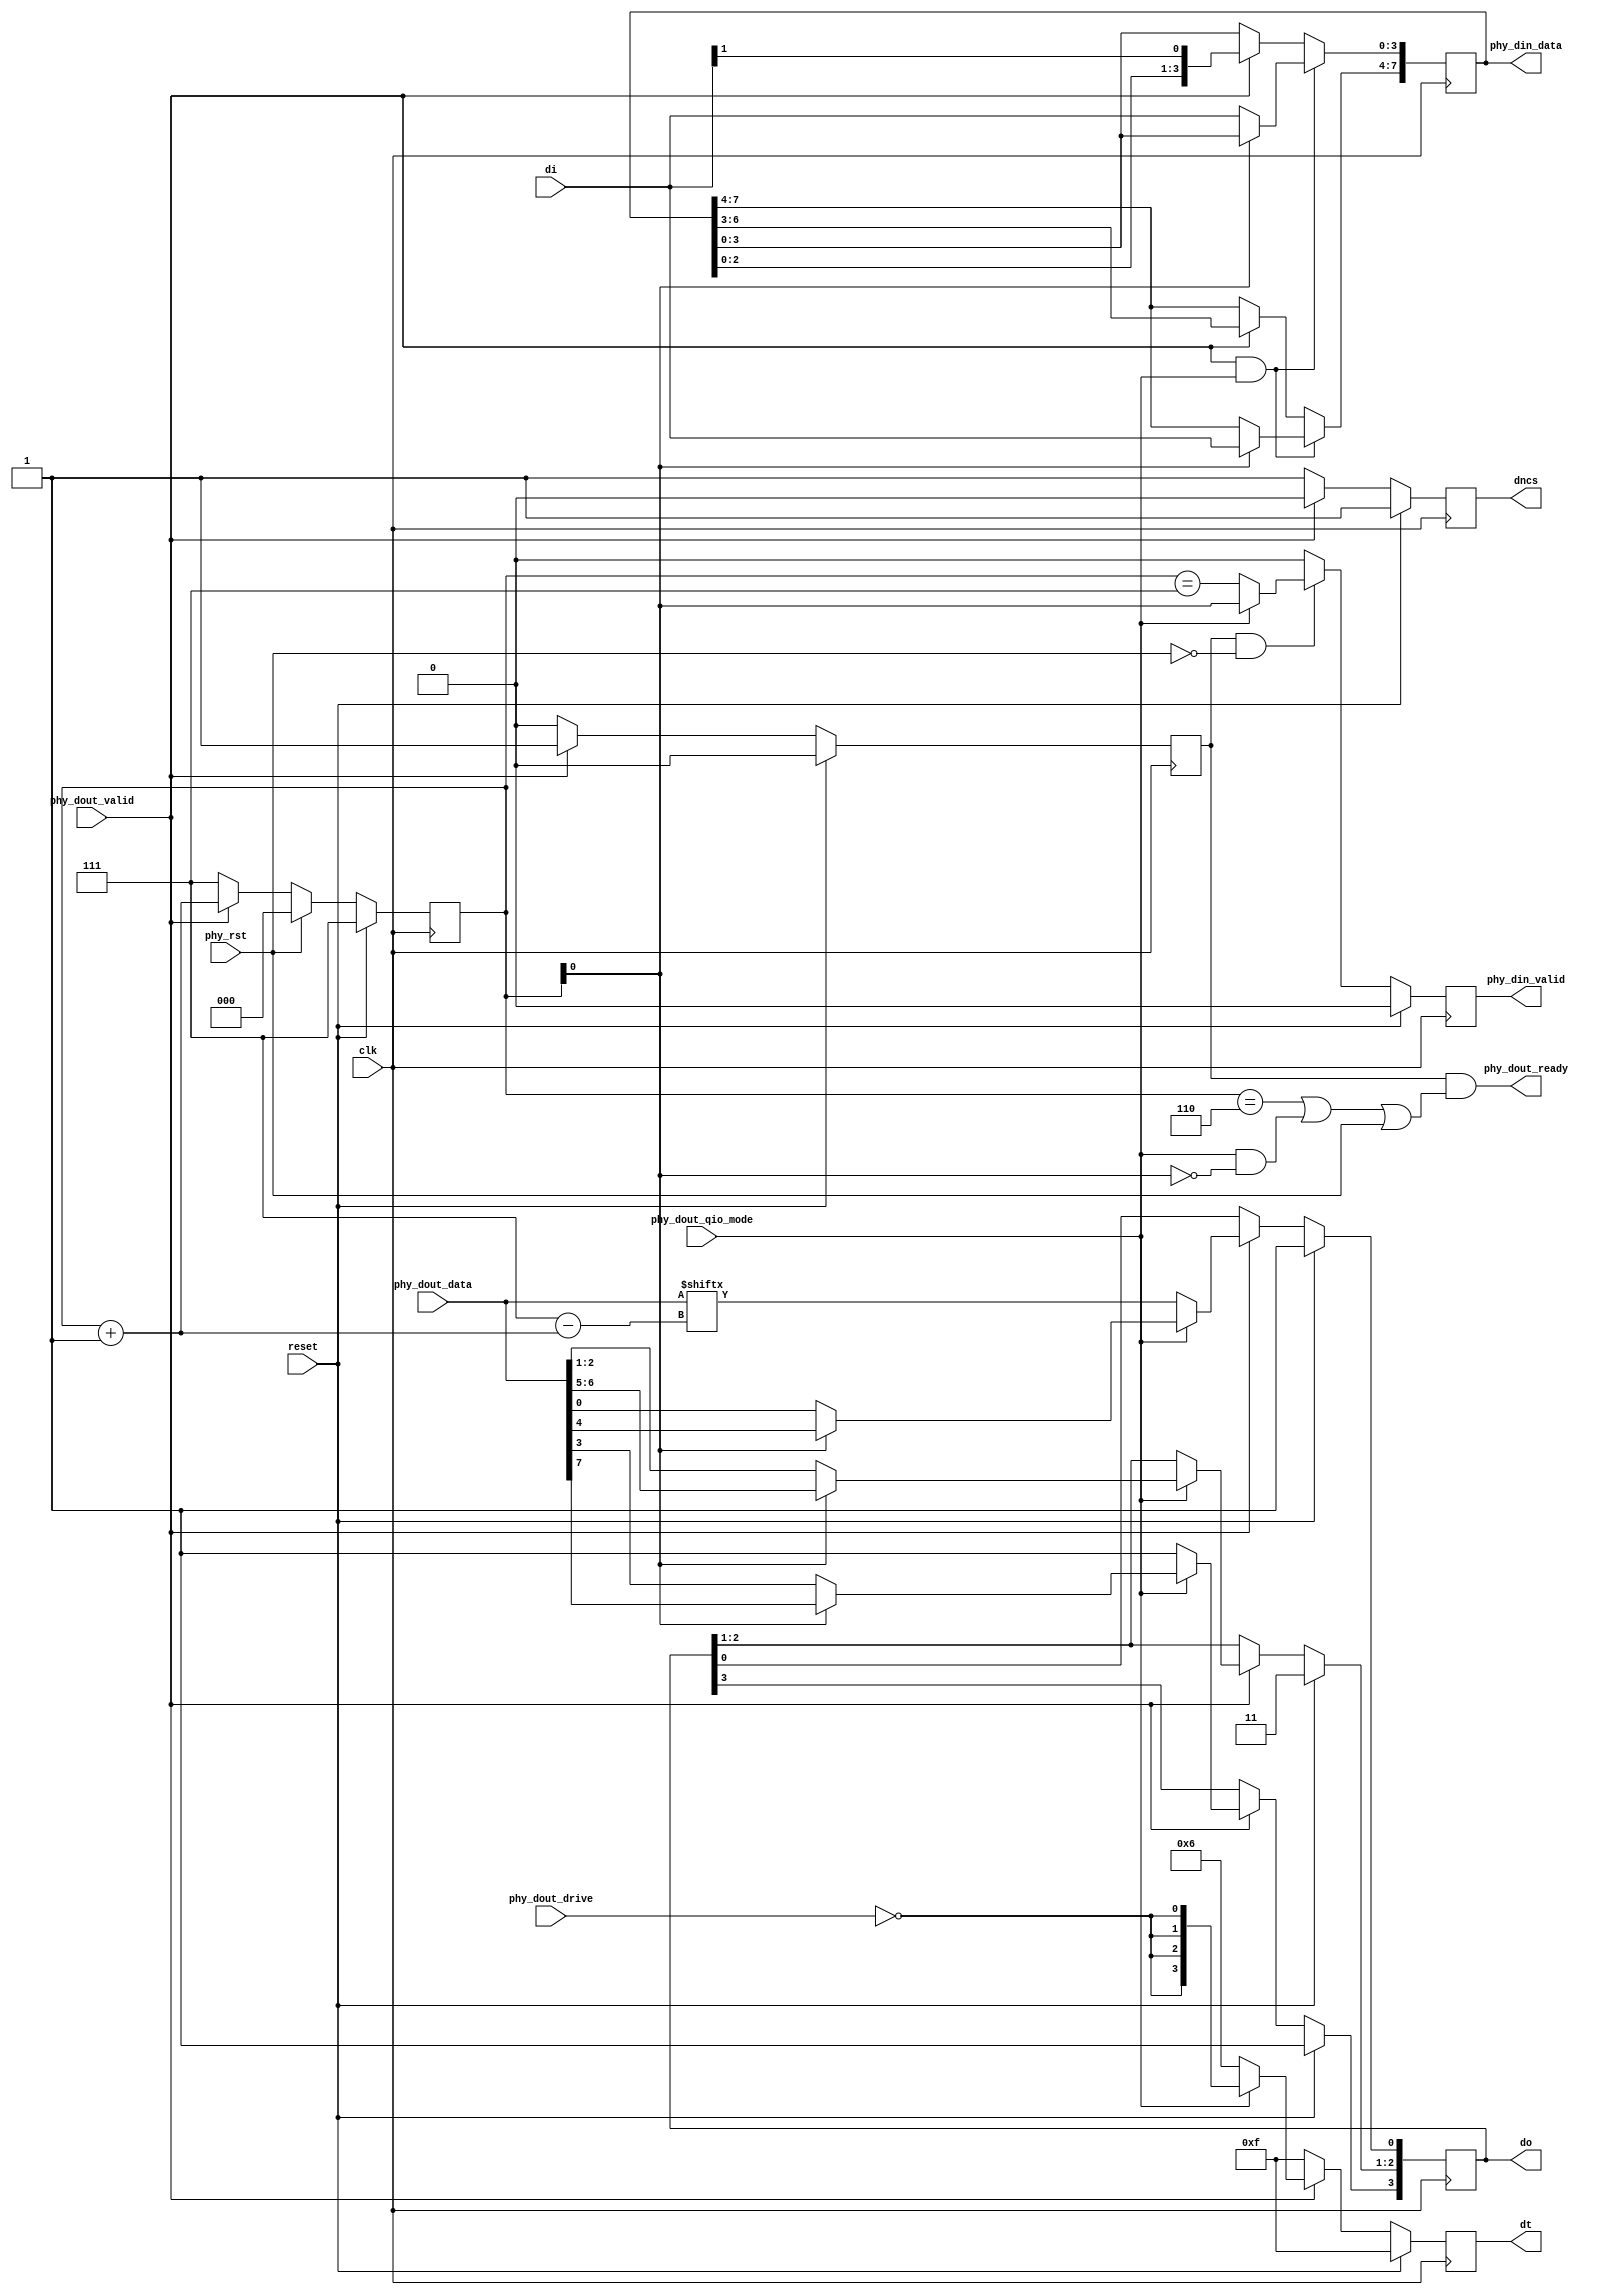
//
// Copyright (c) 2016-2020 Fairwaves, Inc.
// SPDX-License-Identifier: CERN-OHL-W-2.0
//

module qspi_phy(
    input clk,
    input reset,

    // Flash interface
    input      [3:0]    di,
    output reg [3:0]    do,
    output reg [3:0]    dt,
    output reg          dncs, // Crystal select

    output               phy_dout_ready,
    input                phy_rst,
    input                phy_dout_drive,
    input [7:0]          phy_dout_data,
    input                phy_dout_valid,
    input                phy_dout_qio_mode, // How to serialize bits

    output reg [7:0]     phy_din_data,
    output reg           phy_din_valid
);

reg                      phy_active;
reg [2:0]                phy_bit;
reg                      phy_out_valid;


assign phy_dout_ready = phy_active && (phy_bit == 3'b110 || phy_dout_qio_mode && ~phy_bit[0] || phy_rst);
//assign phy_din_valid  = phy_active && (phy_bit == 3'b000 || phy_dout_qio_mode && ~phy_bit[0] && dt[0]);

wire [2:0] bptr = phy_bit + 1;  //FIXME !!
wire [2:0] lbit = 7 - bptr;

always @(posedge clk) begin
  if (reset) begin
    dncs <= 1;
    dt   <= 4'b1111;
    do   <= 4'b1111;

    phy_active    <= 0;
    phy_bit       <= 3'b111;
    phy_din_valid <= 1'b0;

  end else begin
    if (phy_active && ~phy_rst) begin
      if (phy_dout_qio_mode) begin
        phy_din_valid     <= (phy_bit[0] == 1'b1);
      end else begin
        phy_din_valid     <= (phy_bit == 3'b111);
      end
    end else begin
      phy_din_valid <= 1'b0;
    end

    if (phy_dout_valid) begin
      phy_active    <= 1'b1;
      dncs          <= 1'b0;

      phy_bit           <= phy_bit + 1'b1;

      if (phy_dout_qio_mode) begin
        // QIO MODE
        dt            <= {4{~phy_dout_drive}};

        if (phy_bit[0]) begin
            do                <= phy_dout_data[7:4];
            /////phy_din_data[3:0] <= di;
        end else begin
            do                <= phy_dout_data[3:0];
            /////phy_din_data[7:4] <= di;
        end
      end else begin
        // ESPI mode
        dt            <= 4'b0110;  // Only lane 0 and 3 drives
        do[3]         <= 1'b1;

        do[0]             <=   phy_dout_data[lbit];
        /////phy_din_data[7:0] <= { phy_din_data[6:0], di[1] };
      end

    end else begin
      phy_active    <= 1'b0;
      dncs          <= 1'b1;
      dt            <= 4'b1111;
      phy_bit       <= 3'b111;
    end

    if (phy_rst) begin
      phy_bit <= 3'b0;
    end
  end
end

always @(negedge clk) begin
  if (phy_dout_valid && phy_dout_qio_mode) begin
    if (~phy_bit[0]) begin
      phy_din_data[3:0] <= di;
    end else begin
      phy_din_data[7:4] <= di;
    end
  end else if (phy_dout_valid) begin
    phy_din_data[7:0] <= { phy_din_data[6:0], di[1] };
  end
end

endmodule

module qspi_flash #(
    parameter MODE_QIO = 0, // ESPI otherwise
    parameter ADDR4BYTES_SUPPORTED = 0,
    parameter ADDR4BYTES_DEFAULT = 0,
    parameter XIP_SUPPORTED = 0,
    parameter DUMMY_CYCLES_DEF = 9
)(
    input clk,
    input reset,

    // Flash interface
    input      [3:0] di,
    output     [3:0] do,
    output     [3:0] dt,
    output           dncs, // Crystal select

    // XIP enabled, can sendout ADDR + data
    output       flash_xip_enabled,

    // Logical interface
    // First byte of command is always number of bytes expected to be read out
    input  [7:0] flash_cmd_data,
    input        flash_cmd_valid,
    output       flash_cmd_ready,
    input        flash_cmd_tlast,

    output [7:0] flash_out_data,
    output       flash_out_valid,
    input        flash_out_ready,
    output       flash_out_tlast
);

// Max CLK for most QuadSPI flashes are 108Mhz -> io 54MB/s MAX
//
// This module automatically switches between 4-spi and 1-spi
// double spi isn't supported
//
// Also it's automatically adds wait cycles for specific commands
//

// QSPI flash command
////////////////////////////////////  A bytes  D clocks  RData bytes   WData bytes
localparam QIO_MIORDID  = 8'hAF;  //    0         0          1-3             0
localparam QIO_RDSFDP   = 8'h5A;  //    3         8          1+              0
localparam QIO_QCFR_0   = 8'h0B;  //    3/4       10         1+              0
localparam QIO_QCFR_1   = 8'h6B;  //    3/4       10         1+              0
localparam QIO_QCFR_2   = 8'hEB;  //    3/4       10         1+              0
localparam QIO_QCFR4B_0 = 8'h0C;  //    4         10         1+              0
localparam QIO_QCFR4B_1 = 8'h6C;  //    4         10         1+              0
localparam QIO_QCFR4B_2 = 8'hEC;  //    4         10         1+              0
localparam QIO_ROTP     = 8'h4B;  //    3/4       10         1-65            0

localparam QIO_WREN     = 8'h06;  //    0         0          0               0
localparam QIO_WRDI     = 8'h04;  //    0         0          0               0

// Program commands
localparam QIO_QCPP_0   = 8'h02;  //    3/4       0          0               1-256
localparam QIO_QCPP_1   = 8'h32;  //    3/4       0          0               1-256
localparam QIO_QCPP_2   = 8'h12;  //    3/4       0          0               1-256
localparam QIO_POTP     = 8'h22;  //    3/4       0          0               1-65

localparam QIO_SSE      = 8'h20;  //    3/4       0          0               0
localparam QIO_SE       = 8'hD8;  //    3/4       0          0               0
localparam QIO_BE       = 8'hC7;  //    0         0          0               0
localparam QIO_PER      = 8'h7A;  //    0         0          0               0
localparam QIO_PES      = 8'h75;  //    0         0          0               0

localparam QIO_RDSR     = 8'h05;  //    0         0          1+              0
localparam QIO_WRSR     = 8'h01;  //    0         0          0               1
localparam QIO_RDLR     = 8'hE8;  //    3/4       0          1+              0
localparam QIO_WRLR     = 8'hE5;  //    3/4       0          0               1
localparam QIO_RFSR     = 8'h70;  //    0         0          2               0
localparam QIO_CLFSR    = 8'h50;  //    0         0          0               2
localparam QIO_RDVCR    = 8'h85;  //    0         0          1+              0
localparam QIO_WRVCR    = 8'h81;  //    0         0          0               1
localparam QIO_RDECR    = 8'h65;  //    0         0          1+              0
localparam QIO_WRECR    = 8'h61;  //    0         0          0               1

localparam QIO_EN4BYTEA = 8'hB7;  //    0         0          0               0
localparam QIO_EX4BYTEA = 8'hE9;  //    0         0          0               0
localparam QIO_WREAR    = 8'hC5;  //    0         0          0               0
localparam QIO_RDREAR   = 8'hC8;  //    0         0          0               0

localparam QIO_RSTEN    = 8'h66;  //    0         0          0               0
localparam QIO_RST      = 8'h99;  //    0         0          0               0

// ESPI protocol all commands like classical SPI except special
// D0 data out; D1 data in; except QIO commands
//////////////////////////////////////////////
localparam ESPI_RDID_0  = 8'h9E;
localparam ESPI_RDID_1  = 8'h9F;

// QIO READ, only first 8b are 1bit
localparam ESPI_QIOFR   = QIO_QCFR_2;
localparam ESPI_QIOFR4B = QIO_QCFR4B_2;

// QIO PROGRAMM
localparam ESPI_QIEFP   = QIO_QCPP_2;



localparam FST_IDLE     = 0;
localparam FST_COMMAND  = 2;
localparam FST_FIN      = 3;

localparam FST_ADDRESS  = 4;
localparam FST_DUMMY_C  = 5;
localparam FST_DOUT     = 6;
localparam FST_DIN      = 7;
localparam FST_DIN_WAIT = 1;

// only QIO is supported for now
reg                      phy_dout_qio_mode;
reg                      phy_dout_valid;
reg  [7:0]               phy_dout;
reg                      phy_ddrive;
reg                      phy_rst;
wire                     phy_din_strobe;
wire [7:0]               phy_din;
wire                     phy_ready;


qspi_phy qspi_phy(
    .clk(clk),
    .reset(reset),

    // Flash interface
    .di(di),
    .do(do),
    .dt(dt),
    .dncs(dncs), // Crystal select

    .phy_dout_ready(phy_ready),
    .phy_rst(phy_rst),
    .phy_dout_drive(phy_ddrive),
    .phy_dout_data(phy_dout),
    .phy_dout_valid(phy_dout_valid),
    .phy_dout_qio_mode(phy_dout_qio_mode),

    .phy_din_data(phy_din),
    .phy_din_valid(phy_din_strobe)
);


wire                     flash_cfg_xip;
wire                     flash_cfg_4bytemode;
wire [3:0]               flash_cfg_dummy_cycles;

reg [2:0]                flash_state;
reg [1:0]                flash_state_aidx;

reg [7:0]                flash_outburst;

reg                      flash_exp_dummy;  // Number of dummy cycles for this transaction
                                           // before data phase
reg                      flash_qio_switch;
reg [3:0]                flash_dummy_counter;


wire cmd_addr_3or4 = (flash_cmd_data == QIO_QCFR_0 ||
                      flash_cmd_data == QIO_QCFR_1 ||
                      flash_cmd_data == QIO_QCFR_2 ||
                      flash_cmd_data == QIO_ROTP   ||
                      flash_cmd_data == QIO_QCPP_0 ||
                      flash_cmd_data == QIO_QCPP_1 ||
                      flash_cmd_data == QIO_QCPP_2 ||
                      flash_cmd_data == QIO_POTP   ||
                      flash_cmd_data == QIO_SSE    ||
                      flash_cmd_data == QIO_SE     ||
                      flash_cmd_data == QIO_RDLR   ||
                      flash_cmd_data == QIO_WRLR);

wire cmd_addr_4 = (flash_cmd_data == QIO_QCFR4B_0 ||
                   flash_cmd_data == QIO_QCFR4B_1 ||
                   flash_cmd_data == QIO_QCFR4B_2);

wire cmd_r_dummy = (flash_cmd_data == QIO_QCFR_0   ||
                    flash_cmd_data == QIO_QCFR_1   ||
                    flash_cmd_data == QIO_QCFR_2   ||
                    flash_cmd_data == QIO_QCFR4B_0 ||
                    flash_cmd_data == QIO_QCFR4B_1 ||
                    flash_cmd_data == QIO_QCFR4B_2 /*||
                    flash_cmd_data == QIO_ROTP */);

wire espi_to_qio_after_cmd = (flash_cmd_data == ESPI_QIOFR ||
                              flash_cmd_data == ESPI_QIOFR4B ||
                              flash_cmd_data == ESPI_QIEFP);

generate
if (ADDR4BYTES_SUPPORTED) begin
  reg flash_cfg_4bytemode_r;
  assign flash_cfg_4bytemode = flash_cfg_4bytemode_r;

  always @(posedge clk) begin
    if (reset) begin
      flash_cfg_4bytemode_r <= ADDR4BYTES_DEFAULT;
    end else begin
      if (flash_state == FST_IDLE && flash_cmd_valid && flash_cmd_ready) begin
        if (flash_cmd_data == QIO_EN4BYTEA)
          flash_cfg_4bytemode_r <= 1'b1;
        else if (flash_cmd_data == QIO_EX4BYTEA)
          flash_cfg_4bytemode_r <= 1'b0;
      end
    end
  end
end else begin
  assign flash_cfg_4bytemode = ADDR4BYTES_DEFAULT;
end
endgenerate

// Hardcoded for now
assign flash_cfg_dummy_cycles = DUMMY_CYCLES_DEF;

assign flash_out_data = phy_din;

//assign flash_cmd_ready = (flash_state == FST_IDLE) && phy_dout_valid == 0;
assign flash_out_valid = (flash_state == FST_DIN) && phy_din_strobe;
assign flash_out_tlast = (flash_outburst == 8'h01);

/*
reg flash_cmd_ready_r;
always @(posedge clk) begin
  if (reset) begin
    flash_cmd_ready_r <= 1'b0;
  end else begin
    case (flash_state)
    FST_IDLE:   flash_cmd_ready_r <= ~flash_cmd_valid;
    FST_ADDRESS:flash_cmd_ready_r <= ~phy_ready;
    FST_DOUT:   flash_cmd_ready_r <= ~phy_ready;
    default:    flash_cmd_ready_r <= 0;
    endcase
  end
end
assign flash_cmd_ready = flash_cmd_ready_r;
*/

assign flash_xip_enabled = 0;

reg redbackdata;

assign flash_cmd_ready = (flash_state == FST_IDLE || flash_state == FST_COMMAND) ? 1'b1 :
                         (flash_state == FST_ADDRESS || flash_state == FST_DOUT) ? phy_ready : 1'b0;

always @(posedge clk) begin
  if (reset) begin
    flash_state       <= FST_IDLE;
    phy_ddrive        <= 0;
    phy_rst           <= 0;
    phy_dout_valid    <= 0;
    phy_dout_qio_mode <= MODE_QIO;
  end else begin

    case (flash_state)
    FST_IDLE: begin
      if (flash_cmd_valid && flash_cmd_ready && ~flash_cmd_tlast) begin
        //if (~MODE_QIO) begin
          phy_dout_qio_mode <= MODE_QIO;
        //end
        flash_state         <= FST_COMMAND;
        flash_dummy_counter <= flash_cfg_dummy_cycles;
        flash_outburst      <= flash_cmd_data;
        redbackdata         <= (flash_cmd_data != 0);
      end
    end

    // In XIP mode 1st byte is ADDRESS
    FST_COMMAND: begin
      if (flash_cmd_valid  && flash_cmd_ready) begin
        phy_ddrive          <= 1;
        phy_dout            <= flash_cmd_data;
        phy_dout_valid      <= 1'b1;

        flash_exp_dummy     <= cmd_r_dummy;

        if (~MODE_QIO) begin
          flash_qio_switch    <= espi_to_qio_after_cmd;
        end

        if (flash_cmd_tlast) begin
          // No address no write data commands
          if (redbackdata) begin
            flash_state <= FST_DIN_WAIT;
          end else begin
            flash_state <= FST_FIN;
          end
        end else begin
          if (flash_xip_enabled) begin
            flash_state      <= FST_ADDRESS;
            flash_state_aidx <= (flash_cfg_4bytemode) ? 2'b10 : 2'b01;
          end else if (cmd_addr_3or4 && flash_cfg_4bytemode || cmd_addr_4) begin
            flash_state      <= FST_ADDRESS;
            flash_state_aidx <= 2'b11;
          end else if (cmd_addr_3or4 && ~flash_cfg_4bytemode) begin
            flash_state      <= FST_ADDRESS;
            flash_state_aidx <= 2'b10;
          end else begin
            flash_state      <= FST_DOUT;
          end
        end
      end
    end

    FST_FIN: begin
      if (phy_dout_valid && phy_ready) begin
        flash_state         <= FST_IDLE;
        phy_dout_valid      <= 1'b0;
      end

      if (~phy_dout_valid) begin
        flash_state <= FST_IDLE;
      end
    end

    FST_ADDRESS: begin
      if (phy_ready && flash_cmd_valid) begin
        if (~MODE_QIO) begin
          phy_dout_qio_mode <= flash_qio_switch;
        end
        if (flash_qio_switch) begin
          flash_dummy_counter <= flash_cfg_dummy_cycles + 2; //<<<< FIXME!!!!
        end
        phy_dout            <= flash_cmd_data;
        flash_state_aidx    <= flash_state_aidx - 1'b1;
        if (flash_state_aidx == 0) begin
          if (flash_exp_dummy) begin
            flash_state <= FST_DUMMY_C;
          end else if (~flash_cmd_tlast) begin
            flash_state <= FST_DOUT;
          end else if (redbackdata) begin
            flash_state <= FST_DIN_WAIT;
          end else begin
            flash_state <= FST_FIN;
          end
        end else if (flash_cmd_tlast) begin
          // Got less ADDRESSS bytes than expected

          phy_dout_valid <= 1'b0;
          flash_state    <= FST_IDLE; // FST_ABORTED
        end
      end else if (phy_ready) begin
      // couldn't provide data -- abort
      phy_dout_valid <= 1'b0;
      flash_state    <= FST_IDLE; // FST_ABORTED
      end
    end

    FST_DUMMY_C: begin
      if (phy_ready || phy_rst) begin
        phy_dout   <= 8'b1111_1111;
        phy_ddrive <= 0;
        phy_rst    <= 1;

        flash_dummy_counter <= flash_dummy_counter - 1;
        if (flash_dummy_counter == 0) begin
          phy_rst     <= 0;
          flash_state <= FST_DIN;
        end
      end
    end

    FST_DOUT: begin
      if (phy_ready && flash_cmd_valid) begin
        phy_dout            <= flash_cmd_data;
        if (flash_cmd_tlast) begin
          flash_state <= FST_FIN;
        end
      end else if (phy_ready) begin
        phy_dout_valid <= 1'b0;
        flash_state    <= FST_IDLE; // FST_ABORTED
      end
    end

    FST_DIN_WAIT: begin
      if (phy_ready) begin
        phy_dout       <= 8'b1111_1111;
        phy_ddrive     <= 0;
      end

      if (phy_din_strobe && flash_out_ready) begin
        flash_state     <= FST_DIN;
      end
    end

    FST_DIN: begin
      if (phy_ready) begin
        phy_dout       <= 8'b1111_1111;
        phy_ddrive     <= 0;
      end

      if (phy_din_strobe && flash_out_ready) begin
        flash_outburst <= flash_outburst - 1;
        if (flash_outburst == 8'h01) begin
          //flash_out_tlast <= 1'b1;
          phy_dout_valid  <= 0;
          flash_state     <= FST_FIN;
        end
      end else if (phy_din_strobe && ~flash_out_ready) begin
        phy_dout_valid <= 1'b0;
        flash_state    <= FST_IDLE; // FST_ABORTED
      end
    end
    endcase

  end
end


endmodule